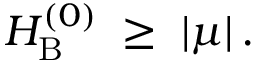
H _ { \mathrm { B } } ^ { ( 0 ) } \; \geq \; | \mu | \, .